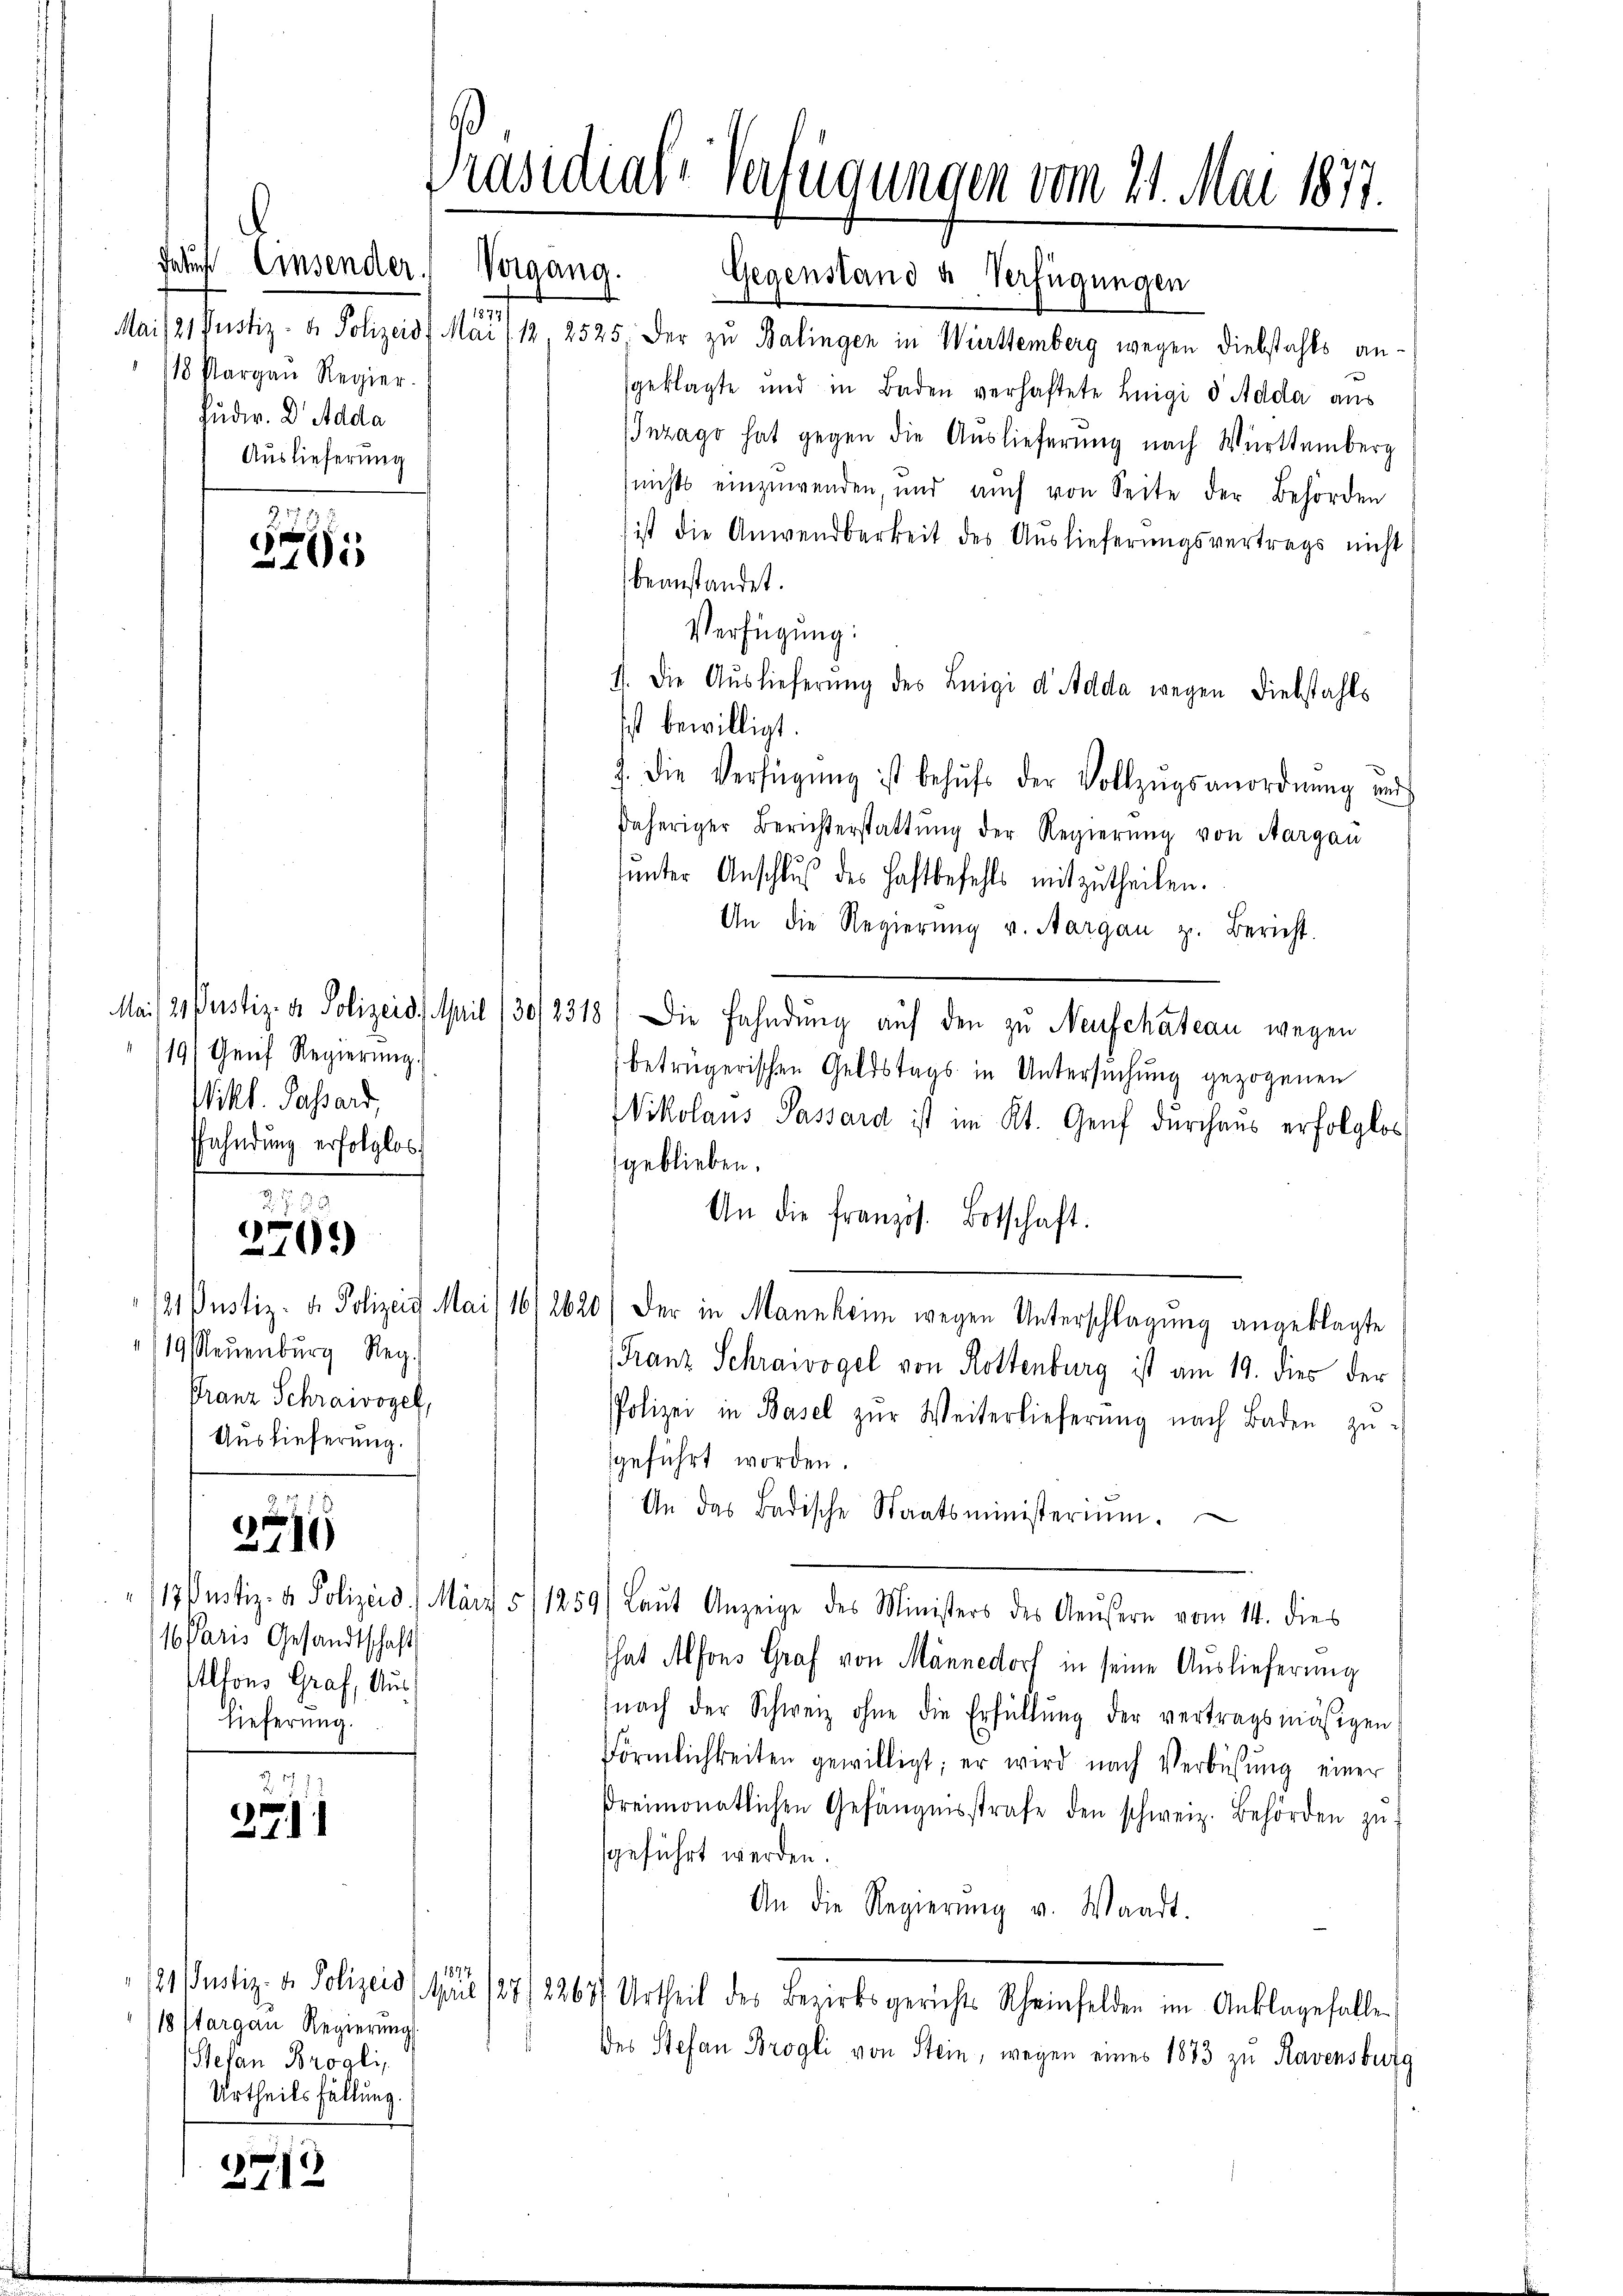
faut Einsender Vorgang.
st 1877/
18 Margau Regier
Jüdir. Dr Mada
Auslieferung

n
32

/191 Genf Regierŭng.
Wikl. Passard,
ffahndung erfolglos

27
2709

/19. Neuenburg Reg.
Franz Schraivogel,
Auslieferung.

2246

Z. 177.
271

3713.

1 Paris Gesandtschaft
Allons Graf, Auslieferung.

18 stargau Regierung
Stefan Brogli
Urtheils füllung.

Gegenstand u Verfügungen
Maiser Justiz- u. Polizeis. Mai (1, 2525. Der zu Balingen in Württemberg wegen Diebstahls an-
sgeklagte und in Baden verhaftete Luigi d Adda aus
IInzago hat gegen die Auslieferung nach Württemberg
(nichts einzuwenden, und auch von Seite der Behörden
ist die Anwendbarkeit des Auslieferungsvertrags nicht
beanstandet.
Verfügung:
1. Die Auslieferŭng des Luigi d Adda wegen Diebstahls
Ist bewilligt.
J. Die Verfügŭng ist behŭfs der Vollzŭgsanordnŭng und
daheriger Berichterstattŭng der Regierŭng von Aargau
unter Anschluß des Haftbefehls mitzutheilen.
An die Regierŭng v. Aargau zu. Bericht.
Mai/ 2. Justiz- u. Polizeid. April (30/2318/ Die Fahndung auf den zu Neuschateau wegen
betrügerischen Geldstags in Untersuchung gezogenen
Wikolaus Passard ist im Kt. Genf durchaus erfolglos
geblieben.
An die französ. Botschaft.
121. Justiz- & Polizeit Mai/16/2620/ der in Mannheim wegen Unterschlagung angeklagte
Franz Schraivogel von Rottenburg ist am 19. dies der
PPolizei in Basel zŭr Weiterlieferŭng nach Baden zŭ
geführt worden.
An das Badische Staatsministerium.
117 ustiz- & Polizeid) März 511259/ Laŭt Anzeige des Ministers des Aeusern vom 14. dies
That Alfons Graf von Männedorf in seine Auslieferung
nach der Schweiz ohne die Erfüllŭng der vertragsmäsigen
förmlichkeiten gewilligt; er wird nach Verbüsŭng einer
dreimonatlichen Gefängnisstrafe den schweiz. Behörden zŭ
geführt werden.
An die Regierŭng v. Waadt.
1877
121 Justiz- & Polizei (April 187/2267) Urtheil des Bezirksgerichts Scheinfelden im Anklagefalle
des Stefan Brogli von Stein, wegen eines 1873 zu Ravensburg

Präsidial-Verfügungen vom 21. Mai 1877.